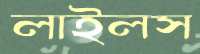
লাইলস